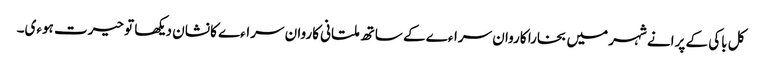
کل باکی کے پرانے شہر میں بخارا کاروان سراءے کے ساتھ ملتانی کاروان سراءے کا نشان دیکھا تو حیرت ہوءی۔